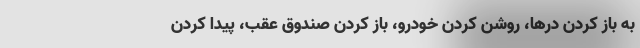
به باز کردن درها، روشن کردن خودرو، باز کردن صندوق عقب، پیدا کردن